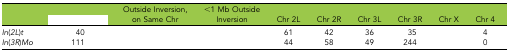
<table><thead><tr><td>[EMPTY_CELL]</td><td>[EMPTY_CELL]</td><td><b>Outside Inversion, on Same Chr</b></td><td><b>&lt;1 Mb Outside Inversion</b></td><td><b>Chr 2L</b></td><td><b>Chr 2R</b></td><td><b>Chr 3L</b></td><td><b>Chr 3R</b></td><td><b>Chr X</b></td><td><b>Chr 4</b></td></tr></thead><tbody><tr><td><i>In</i>(<i>2L</i>)<i>t</i></td><td>40</td><td>[EMPTY_CELL]</td><td>[EMPTY_CELL]</td><td>61</td><td>42</td><td>36</td><td>35</td><td>[EMPTY_CELL]</td><td>4</td></tr><tr><td><i>In</i>(<i>3R</i>)<i>Mo</i></td><td>111</td><td>[EMPTY_CELL]</td><td>[EMPTY_CELL]</td><td>44</td><td>58</td><td>49</td><td>244</td><td>[EMPTY_CELL]</td><td>0</td></tr></tbody></table>